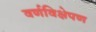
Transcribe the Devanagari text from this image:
वर्णविक्षेपण